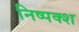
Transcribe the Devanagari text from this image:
निष्पक्श